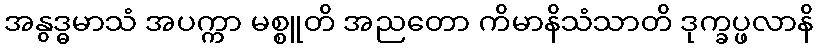
အနွဒ္ဓမာသံ အပက္ကာ မစ္စူတိ အညတော ကိမာနိသံသာတိ ဒုက္ခပ္ဖလာနိ